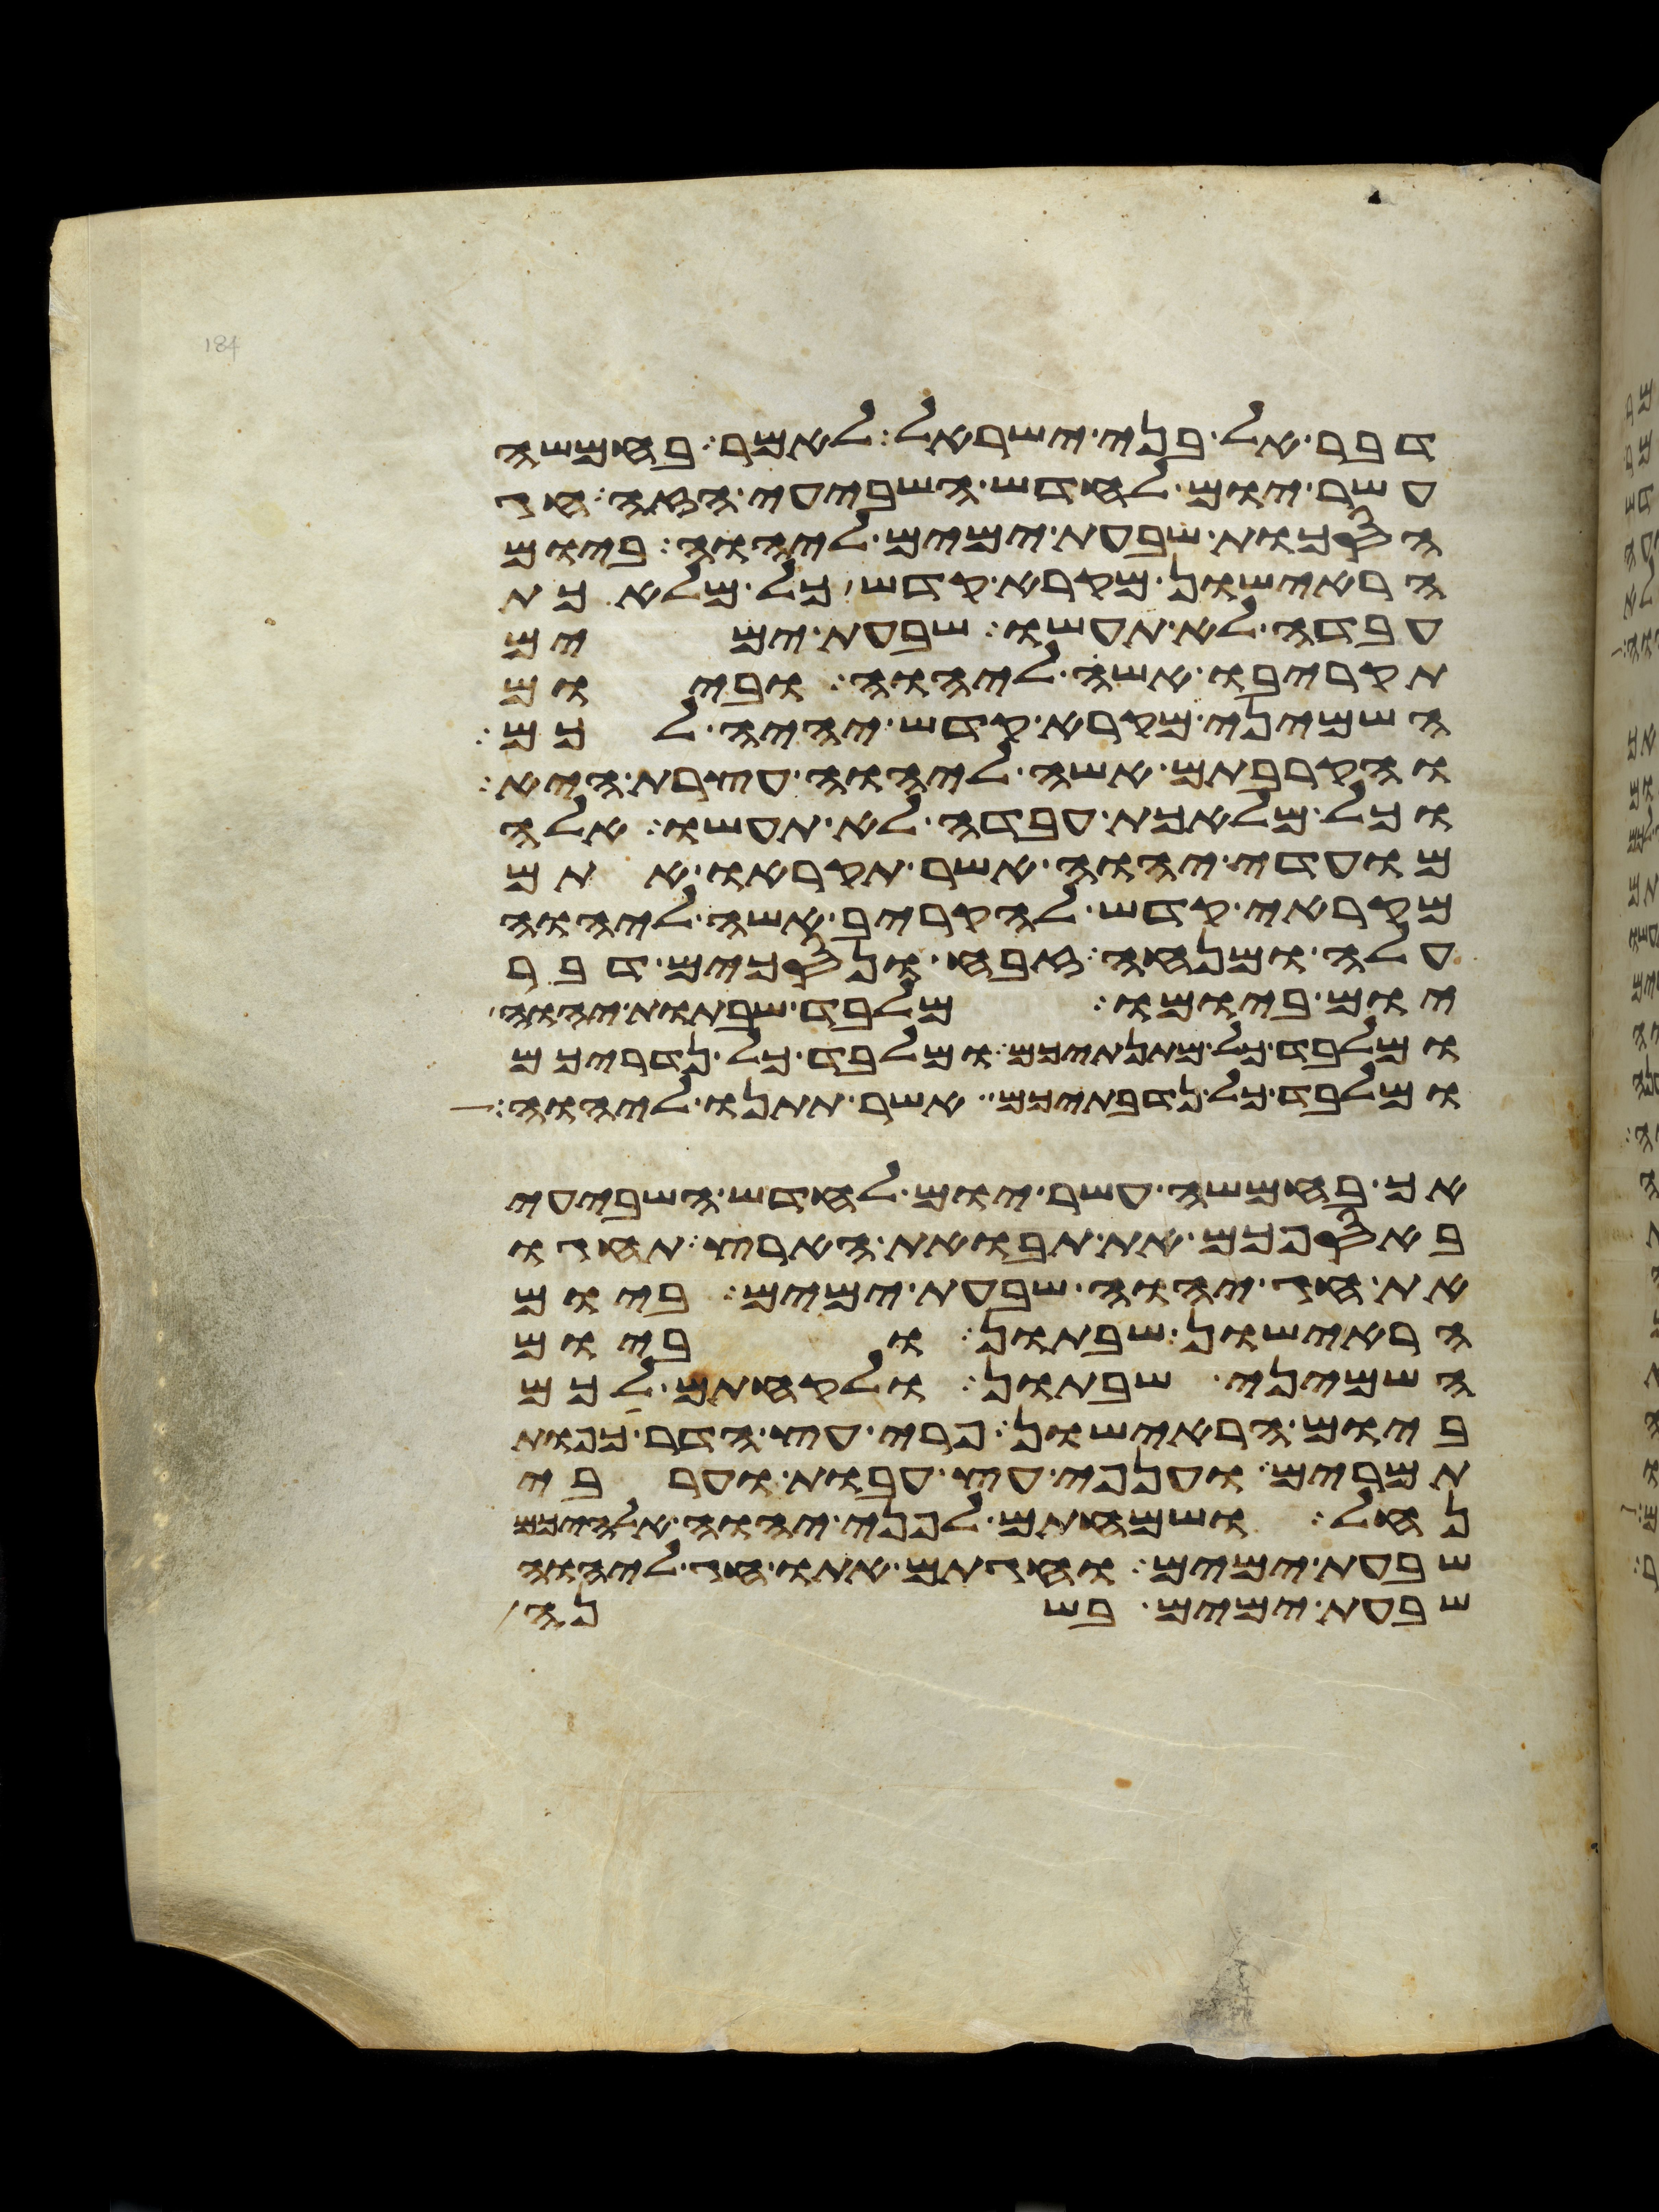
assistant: דבר אל בני ישראל לאמר בחמשה
עשר יום לחדש השביעי הזה חג
הסכות שבעת ימים ליהוה ביום
הראישון מקרא קדש כל מלאכת
עבדה לא תעשו שבעת ימים
תקריבו אשה ליהוה וביום
השמיני מקרא קדש יהיה לכם
והקרבתם אשה ליהוה עצרת היא
וכל מלאכת עבדה לא תעשו אלה
מועדי יהוה אשר תקראו אתם
מקראי קדש להקריב אשה ליהוה
עלה ומנחה זבח ונסכים דבר
יום ביומו מלבד שבתות יהוה
ומלבד כל מתנתיכם ומלבד כל נדריכם
ומלבד כל נדבתיכם אשר תתנו ליהוה
אך בחמשה עשר יום לחדש השביעי
באספכם את תבואת הארץ תחגו
את חג יהוה שבעת ימים ביום
הראישון שבתון וביום
השמיני שבתון ולקחתם לכם
ביום הראישון פרי עץ הדר כפות
תמרים וענפי עץ עבות וערבי
נחל ושמחתם לפני יהוה אלהיכם
שבעת ימים וחגתם אתו חג ליהוה
שבעת ימים בשנה